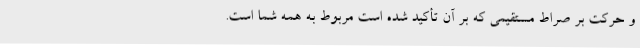
و حرکت بر صراط مستقیمی که بر آن تأکید شده است مربوط به همه شما است.